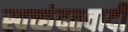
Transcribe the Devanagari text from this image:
स्वच्छंदतवादी